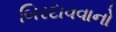
બિરદાવવાનો